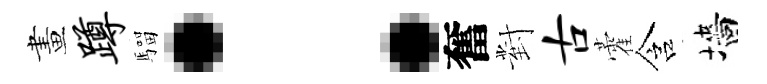
畫蹲騮：奮對古藿含墻